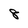
Character: 8